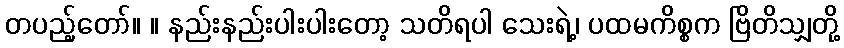
တပည့်တော်။ ။ နည်းနည်းပါးပါးတော့ သတိရပါ သေးရဲ့၊ ပထမကိစ္စက ဗြိတိသျှတို့